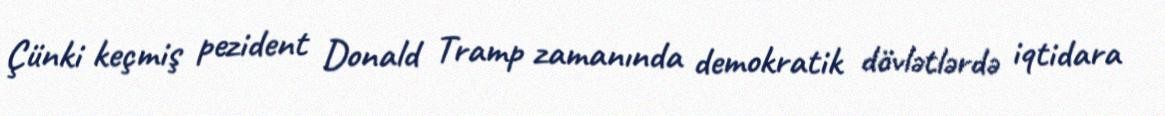
Çünki keçmiş pezident Donald Tramp zamanında demokratik dövlətlərdə iqtidara